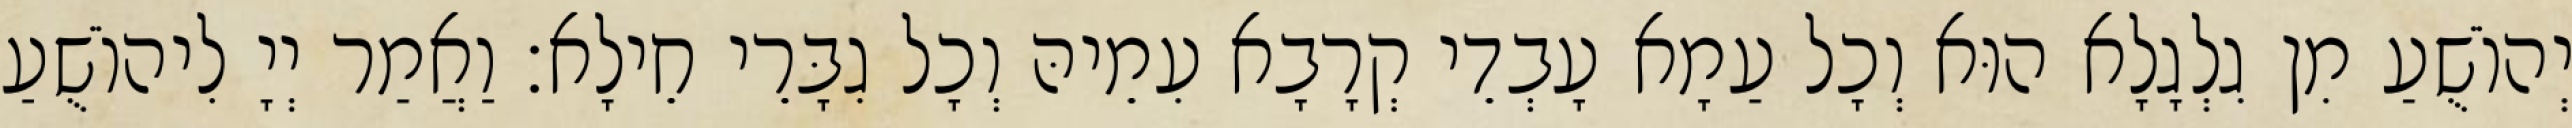
יְהוֹשֻׁעַ מִן גִלְגָלָא הוּא וְכָל עַמָא עָבְדֵי קְרָבָא עִמֵיהּ וְכָל גִבָּרֵי חֵילָא׃ וַאֲמַר יְיָ לִיהוֹשֻׁעַ